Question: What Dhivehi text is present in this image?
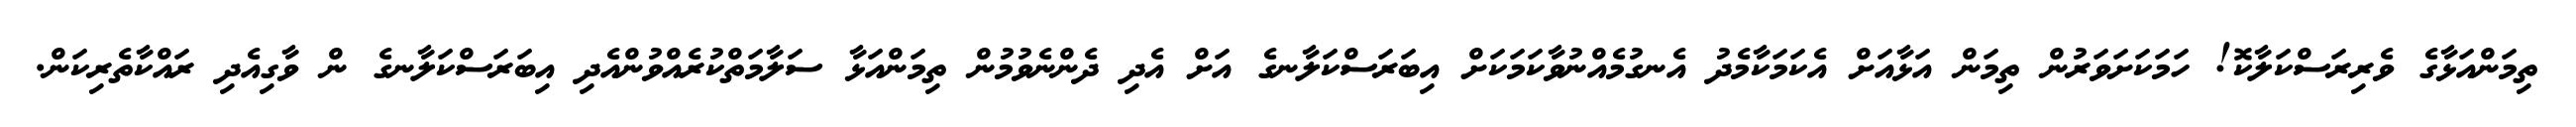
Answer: ތިމަންއަޅާގެ ވެރިރަސްކަލާކޮ! ހަމަކަށަވަރުން ތިމަން އަޅާއަށް އެކަމަކާމެދު އެނގުމެއްނުވާކަމަކަށް އިބަރަސްކަލާނގެ އަށް އެދި ދެންނެވުމުން ތިމަންއަޅާ ސަލާމަތްކުރެއްވުންއެދި އިބަރަސްކަލާނގެ ން ވާގިއެދި ރައްކާތެރިކަން.